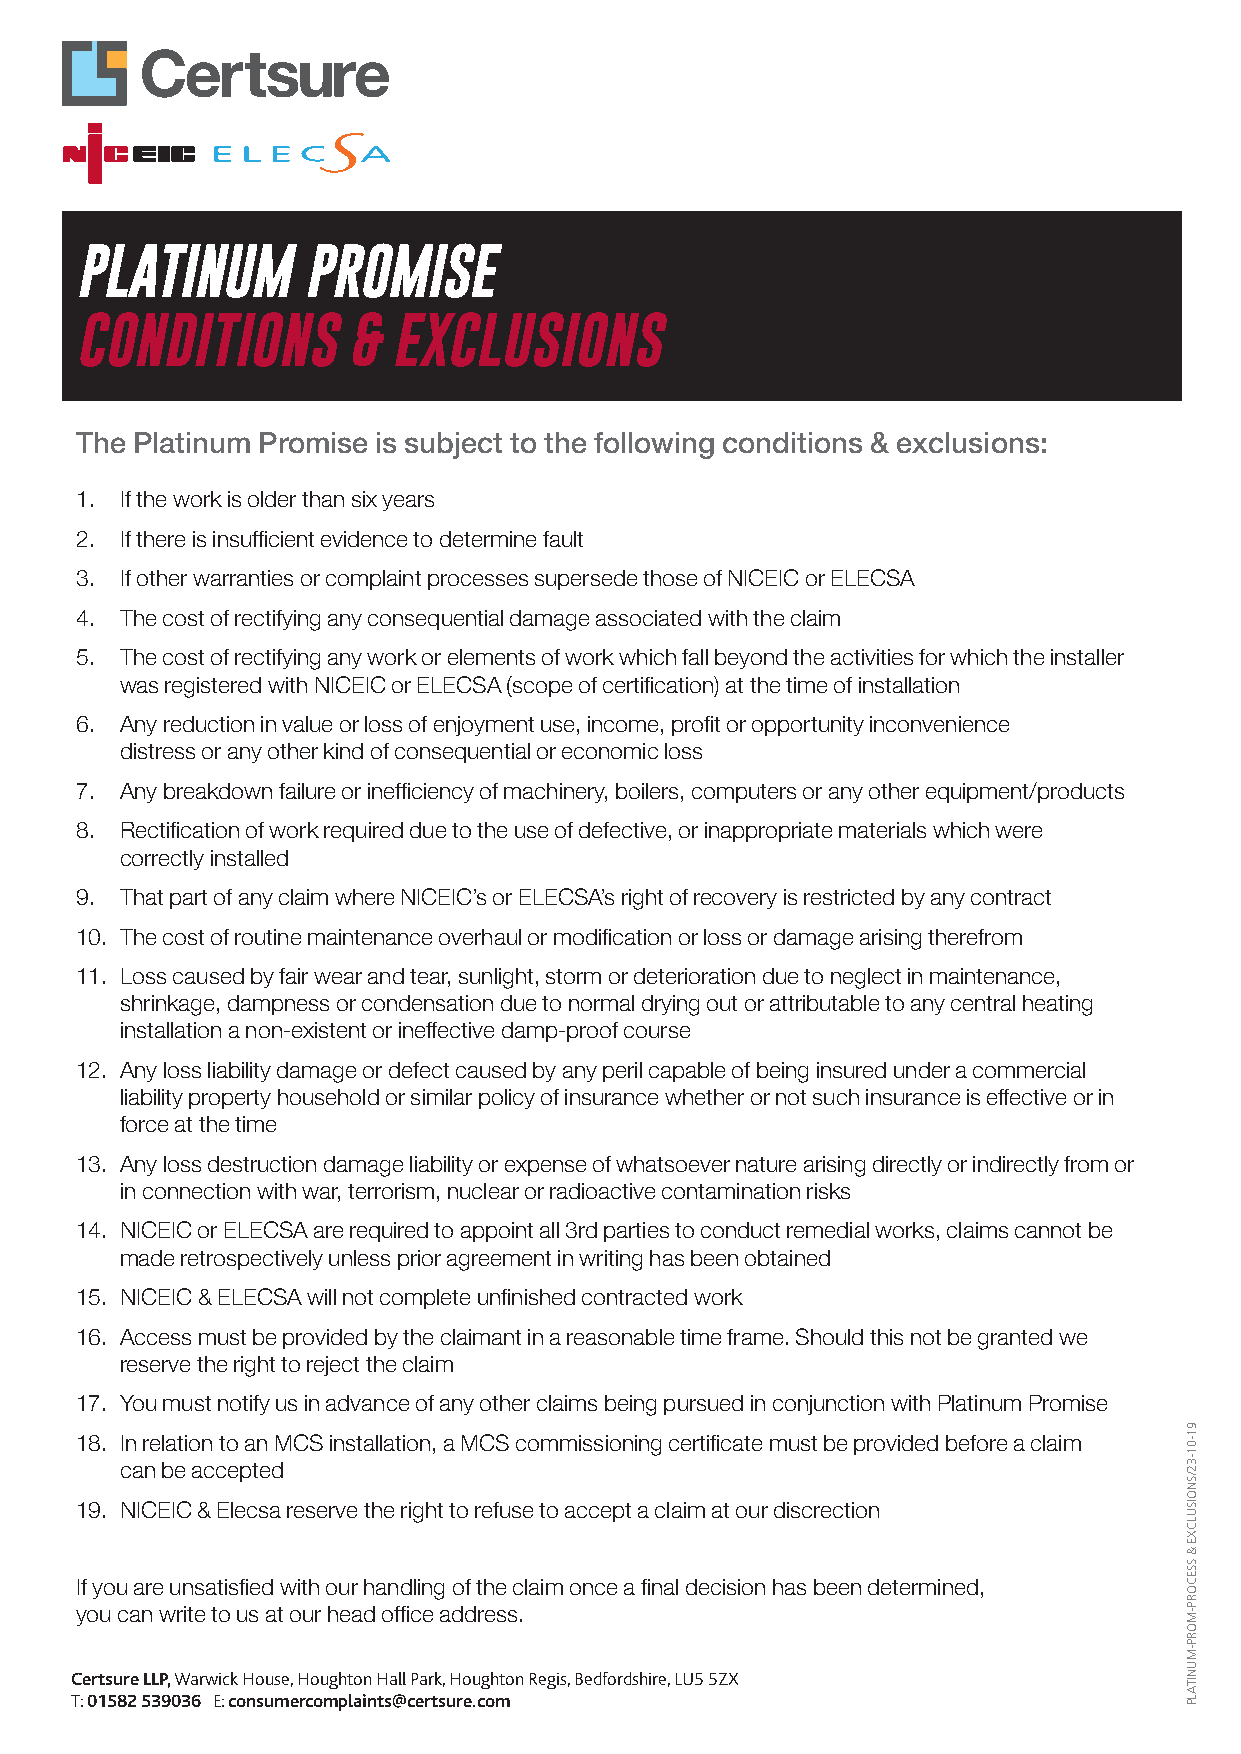
PLATINUM       PROMISE
 CONDITIONS        &  EXCLUSIONS
 The Platinum Promise is subject to the following conditions & exclusions:
 1. If the work is older than six years
 2. If there is insufficient evidence to determine fault
 3. If other warranties or complaint processes supersede those of NICEIC or ELECSA
 4. The cost of rectifying any consequential damage associated with the claim
 5. The cost of rectifying any work or elements of work which fall beyond the activities for which the installer
 was registered with NICEIC or ELECSA (scope of certification) at the time of installation
 6. Any reduction in value or loss of enjoyment use, income, profit or opportunity inconvenience
 distress or any other kind of consequential or economic loss
 7. Any breakdown failure or inefficiency of machinery, boilers, computers or any other equipment/products
 8. Rectification of work required due to the use of defective, or inappropriate materials which were
 correctly installed
 9. That part of any claim where NICEIC’s or ELECSA’s right of recovery is restricted by any contract
 10. The cost of routine maintenance overhaul or modification or loss or damage arising therefrom
 11. Loss caused by fair wear and tear, sunlight, storm or deterioration due to neglect in maintenance,
 shrinkage, dampness or condensation due to normal drying out or attributable to any central heating
 installation a non-existent or ineffective damp-proof course
 12. Any loss liability damage or defect caused by any peril capable of being insured under a commercial
 liability property household or similar policy of insurance whether or not such insurance is effective or in
 force at the time
 13. Any loss destruction damage liability or expense of whatsoever nature arising directly or indirectly from or
 in connection with war, terrorism, nuclear or radioactive contamination risks
 14. NICEIC or ELECSA are required to appoint all 3rd parties to conduct remedial works, claims cannot be
 made retrospectively unless prior agreement in writing has been obtained
 15. NICEIC & ELECSA will not complete unfinished contracted work
 16. Access must be provided by the claimant in a reasonable time frame. Should this not be granted we
 reserve the right to reject the claim
 17. You must notify us in advance of any other claims being pursued in conjunction with Platinum Promise
 18. In relation to an MCS installation, a MCS commissioning certificate must be provided before a claim
 can be accepted
 19. NICEIC & Elecsa reserve the right to refuse to accept a claim at our discrection
 If you are unsatisfied with our handling of the claim once a final decision has been determined,
 you can write to us at our head office address.
 Certsure LLP, Warwick House, Houghton Hall Park, Houghton Regis, Bedfordshire, LU5 5ZX
 T: 01582 539036 E: consumercomplaints@certsure.com
 91-01-32/SNOISULCXE
 &
 SSECORP-MORP-MUNITALP